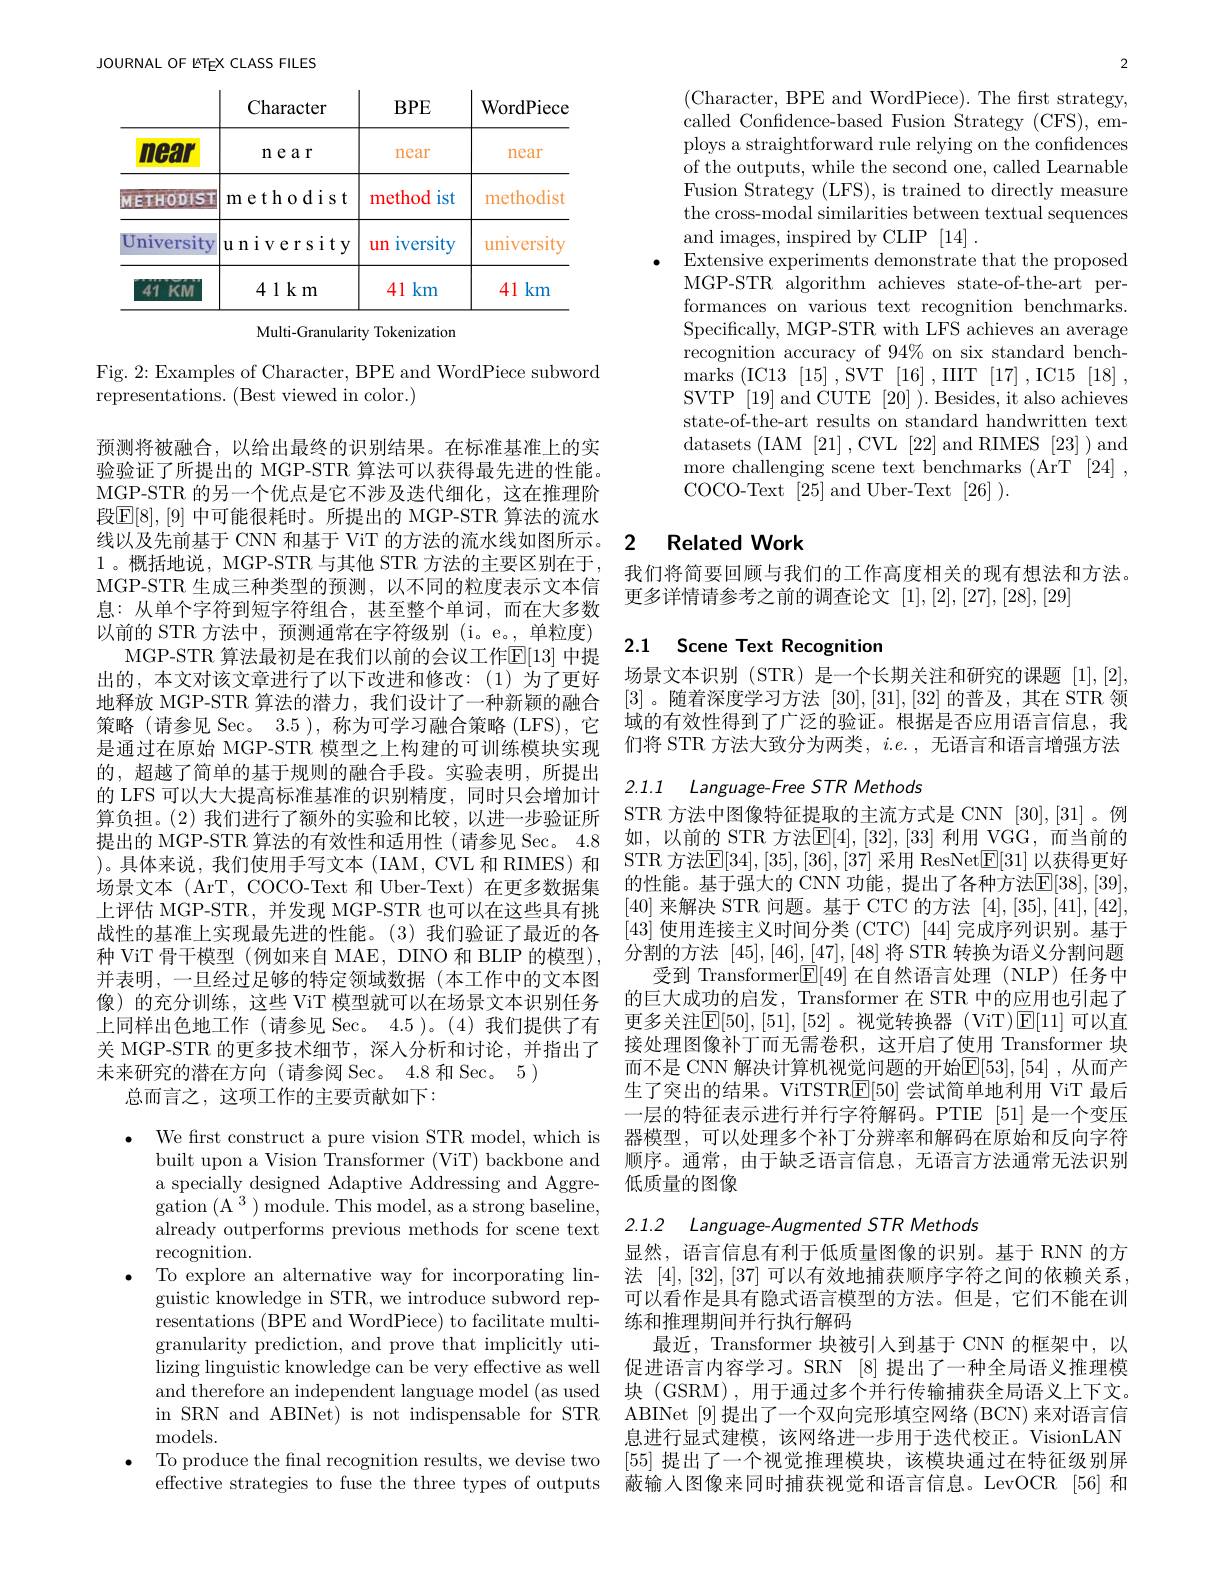
JOURNAL OF ETEX CLASS FILES

<table>
	<tbody>
		<tr>
			<th> </th>
			<th>Character</th>
			<th>$BPE$</th>
			<th>WordPiece</th>
		</tr>
		<tr>
			<td>mear</td>
			<td>near</td>
			<td>near</td>
			<td>near</td>
		</tr>
		<tr>
			<td>METHODISI</td>
			<td>methodist</td>
			<td>method ist .</td>
			<td>methodist</td>
		</tr>
		<tr>
			<td>University</td>
			<td>university</td>
			<td>iversity $un$</td>
			<td>university</td>
		</tr>
		<tr>
			<td>41 KM</td>
			<td>$41km$</td>
			<td>41 km</td>
			<td>41 km</td>
		</tr>
	</tbody>
</table>
Multi-Granularity Tokenization

Fig. 2: Examples of Character, BPE and WordPiece subword
representations. (Best viewed in color.)

预测将被融合，以给出最终的识别结果。在标准基准上的实验验证了所提出的 MGP-STR 算法可以获得最先进的性能。MGP-STR 的另一个优点是它不涉及迭代细化，这在推理阶段$\mathbb{E}[8],[9]$ 中可能很耗时。所提出的 MGP-STR 算法的流水线以及先前基于 CNN 和基于 ViT 的方法的流水线如图所示。1 。概括地说，MGP-STR 与其他 STR 方法的主要区别在于， MGP-STR 生成三种类型的预测，以不同的粒度表示文本信息：从单个字符到短字符组合，甚至整个单词，而在大多数以前的 STR 方法中，预测通常在字符级别 (i。e。,单粒度)
MGP-STR 算法最初是在我们以前的会议工作$\mathbb{E}[13]$ 中提出的，本文对该文章进行了以下改进和修改：(1)为了更好地释放 MGP-STR 算法的潜力，我们设计了一种新颖的融合策略(请参见 Sec。3.5), 称为可学习融合策略 (LFS),它是通过在原始 MGP-STR 模型之上构建的可训练模块实现的，超越了简单的基于规则的融合手段。实验表明，所提出的 LFS 可以大大提高标准基准的识别精度，同时只会增加计算负担。(2)我们进行了额外的实验和比较，以进一步验证所提出的 MGP-STR 算法的有效性和适用性 (请参见 Sec。4.8 )。具体来说，我们使用手写文本(IAM, CVL 和 RIMES) 和场景文本 (ArT, COCO-Text 和 Uber-Text)在更多数据集上评估 MGP-STR,并发现 MGP-STR 也可以在这些具有挑战性的基准上实现最先进的性能。(3)我们验证了最近的各种 ViT 骨干模型 (例如来自 MAE, DINO 和 BLIP 的模型), 并表明，一旦经过足够的特定领域数据(本工作中的文本图像) 的充分训练，这些 ViT 模型就可以在场景文本识别任务上同样出色地工作 (请参见 Sec。4.5 )。(4)我们提供了有关 MGP-STR 的更多技术细节，深人分析和讨论，并指出了未来研究的潜在方向(请参阅 Sec。4.8 和 Sec。5)
总而言之，这项工作的主要贡献如下：

$\bullet$ We frst construct a pure vision STR model, which is
built upon a Vision Transformer (ViT) backbone and a specially designed Adaptive Addressing and Aggre- ${\mathrm{gation~(A^{3})module.~This~model,~as~a~strong~baseline,}}$ already outperforms previous methods for scene text recognition.
To explore an alternative way for incorporating linguistic knowledge in STR, we introduce subword rep- $\bar{\text{resentations (BPE and WordPiece) to facilitate multi-}}$ granularity prediction, and prove that implicitly uti- $\operatorname{lizing}\operatorname*{linguistic}$knowledge can be very effective as well and therefore an independent language model (as used in SRN and ABINet) is not indispensable for STR ${\mathrm{models.}}$
$\bullet$ To produce the final recognition results, we devise two
effective strategies to fuse the three types of outputs

2

(Character, BPE and WordPiece). The frst strategy, called Confidence-based Fusion Strategy (CFS), employs a straightforward rule relying on the confidences of the outputs, while the second one, called Learnable Fusion Strategy (LFS), is trained to directly measure the cross-modal similarities between textual sequences and images, inspired by CLIP [14] .
Extensive experiments demonstrate that the proposed MGP-STR algorithm achieves state-of-the-art performances on various text recognition benchmarks. Specifically, MGP-STR with LFS achieves an average recognition accuracy of 94% on six standard benchmarks ( IC13 [ 15] , SVT$~[16]~,~IIIT~[17]~,~IC15~[18]~$, SVTP [19]and CUTE [20] ). Besides, it also achieves state-of-the-art results on standard handwritten text datasets (IAM [21] ,CVL [22] and RIMES [23] ) and more challenging scene text benchmarks (ArT [24] , COCO-Text[25]and Uber-Text[26]).

## 2 Related Work

我们将简要回顾与我们的工作高度相关的现有想法和方法。
更多详情请参考之前的调查论文[1],[2],[27],[28],[29]

### 2.1 Scene Text Recognition

场景文本识别 (STR)是一个长期关注和研究的课题[1],[2], [3] 。随着深度学习方法[30],[31],[32]的普及，其在 STR 领域的有效性得到了广泛的验证。根据是否应用语言信息，我们将 STR 方法大致分为两类，$i.e.$,无语言和语言增强方法

# 2.1.1 $Language- Free STR$ Methods

STR 方法中图像特征提取的主流方式是 CNN [30],[31]。例如，以前的 STR 方法$\mathbb{E}[4],[32],[33]$ 利用 VGG,而当前的STR 方法$\mathbb{E}[34],[35],[36],[37]$ 采用 ResNet$\mathbb{E}[31]$ 以获得更好的性能。基于强大的 CNN 功能，提出了各种方法$\mathbb{E}[38],[39]$ [40]来解决 STR 问题。基于 CTC 的方法[4],[35],[41],[42], [43]使用连接主义时间分类 (CTC) [44]完成序列识别。基于分割的方法$[45],[46],\underline{[47]},[48]$将 STR 转换为语义分割问题
受到 Transformer$\underline{\mathbb{E}}[49]$在自然语言处理(NLP)任务中的巨大成功的启发，Transformer 在 STR 中的应用也引起了更多关注$\mathbb{E}[50],[51],[52]$ 。视觉转换器 (ViT)$\mathbb{E}[11]$ 可以直接处理图像补丁而无需卷积，这开启了使用 Transformer 块而不是 CNN 解决计算机视觉问题的开始$\mathbb{E}[53],[54]$ ,从而产生了突出的结果。ViTSTR$\mathbb{E}[50]$尝试简单地利用 ViT 最后一层的特征表示进行并行字符解码。PTIE [51] 是一个变压器模型，可以处理多个补丁分辨率和解码在原始和反向字符顺序。通常，由于缺乏语言信息，无语言方法通常无法识别低质量的图像

2.1.2 Language-Augmented STR Methods
显然，语言信息有利于低质量图像的识别。基于 RNN 的方

法 [4],[32],[37] 可以有效地捕获顺序字符之间的依赖关系， 可以看作是具有隐式语言模型的方法。但是，它们不能在训练和推理期间并行执行解码
最近，Transformer 块被引入到基于 CNN 的框架中，以促进语言内容学习。SRN [8]提出了一种全局语义推理模块 (GSRM),用于通过多个并行传输捕获全局语义上下文。ABINet [9]提出了一个双向完形填空网络 (BCN) 来对语言信息进行显式建模，该网络进一步用于迭代校正。VisionLAN [55]提出了一个视觉推理模块，该模块通过在特征级别屏蔽输入图像来同时捕获视觉和语言信息。LevOCR [56] 和